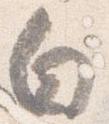
白